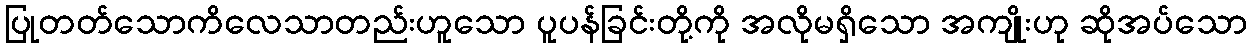
ပြုတတ်သောကိလေသာတည်းဟူသော ပူပန်ခြင်းတို့ကို အလိုမရှိသော အကျိုးဟု ဆိုအပ်သော